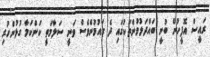
ރައީސް އޮފީހުން ބުނީ ބައްދަލުވުންތަކުގައި ދެ ގައުމުންވެސް ވަނީ ސަލާމަތީ ކަންކަމާ ގުޅުންހުރި